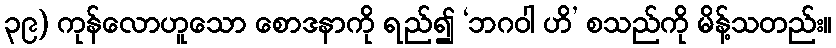
၃၉) ကုန်လောဟူသော စောဒနာကို ရည်၍ ‘ဘဂဝါ ဟိ’ စသည်ကို မိန့်သတည်း။